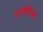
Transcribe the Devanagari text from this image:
एस्तेतिको